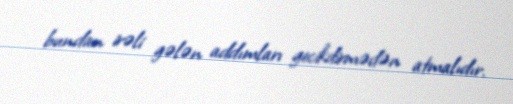
bundan irəli gələn addımları gecikdirmədən atmalıdır.